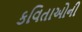
કવિતાઓની